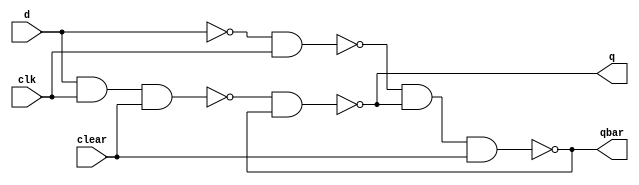

module df(q, qbar, d, clk, clear);

	input d, clk, clear;
	output q, qbar;
	wire sbar, rbar;
	
	nand nand1(sbar, d, clk, clear);
	nand nand2(rbar, ~d, clk);
	
	nand nand3(q, sbar, qbar);
	nand nand4(qbar, rbar, q, clear);

endmodule